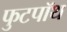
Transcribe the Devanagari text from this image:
फुटपॉथ